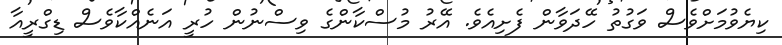
ކިޔެވުމަށްވެސް ވަގުތު ހޭދަވާން ފެށިއެވެ. އޭރު މުސްކާންގެ ވިސްނުން ހުރީ އަނެއްކާވެސް ޑިގްރީއާ